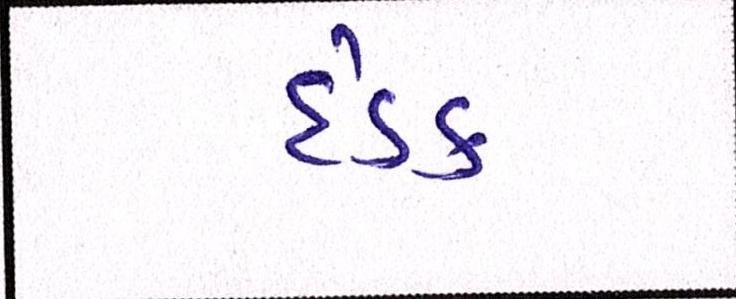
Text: દંડક